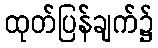
ထုတ်ပြန်ချက်၌